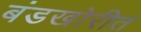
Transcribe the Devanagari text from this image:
बंडखोरीत